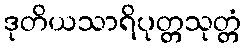
ဒုတိယသာရိပုတ္တသုတ္တံ